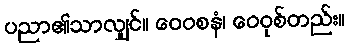
ပညာ၏သာလျှင်။ ဝေဝစနံ၊ ဝေဝုစ်တည်း။